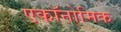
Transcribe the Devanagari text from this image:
एकॉनोमिक